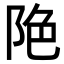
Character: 𨹔